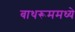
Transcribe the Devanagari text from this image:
बाथरूममध्ये